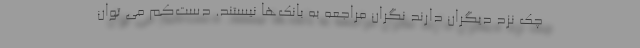
چک نزد دیگران دارند نگران مراجعه به بانک‌ها نیستند. دست‌کم می توان